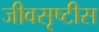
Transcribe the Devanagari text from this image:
जीवसृष्टीस